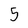
Character: 5